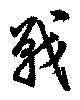
戰